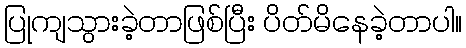
ပြုကျသွားခဲ့တာဖြစ်ပြီး ပိတ်မိနေခဲ့တာပါ။